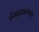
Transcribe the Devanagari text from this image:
प्रेमप्रकरणात